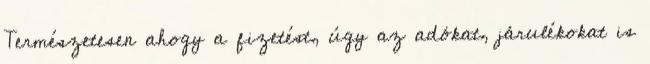
Természetesen ahogy a fizetést, úgy az adókat, járulékokat is